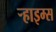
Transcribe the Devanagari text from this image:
र्‍हाइम्स